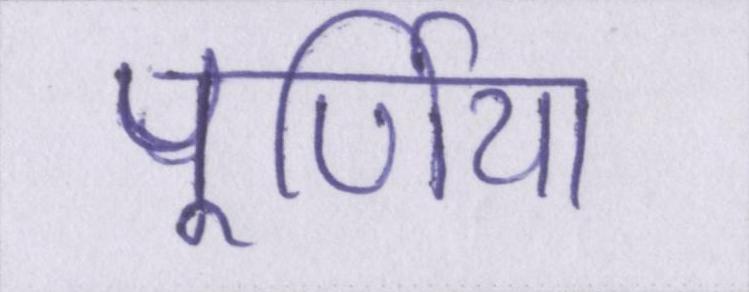
पूर्णिया